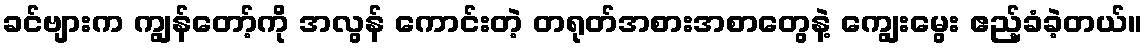
ခင်ဗျားက ကျွန်တော့်ကို အလွန် ကောင်းတဲ့ တရုတ်အစားအစာတွေနဲ့ ကျွေးမွေး ဧည့်ခံခဲ့တယ်။